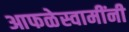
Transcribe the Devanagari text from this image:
आफळेस्वामींनी